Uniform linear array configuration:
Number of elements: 12
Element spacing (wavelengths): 0.25
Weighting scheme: blackman
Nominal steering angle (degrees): -45
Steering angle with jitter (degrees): -44.451
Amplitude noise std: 0.05
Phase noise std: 0.05

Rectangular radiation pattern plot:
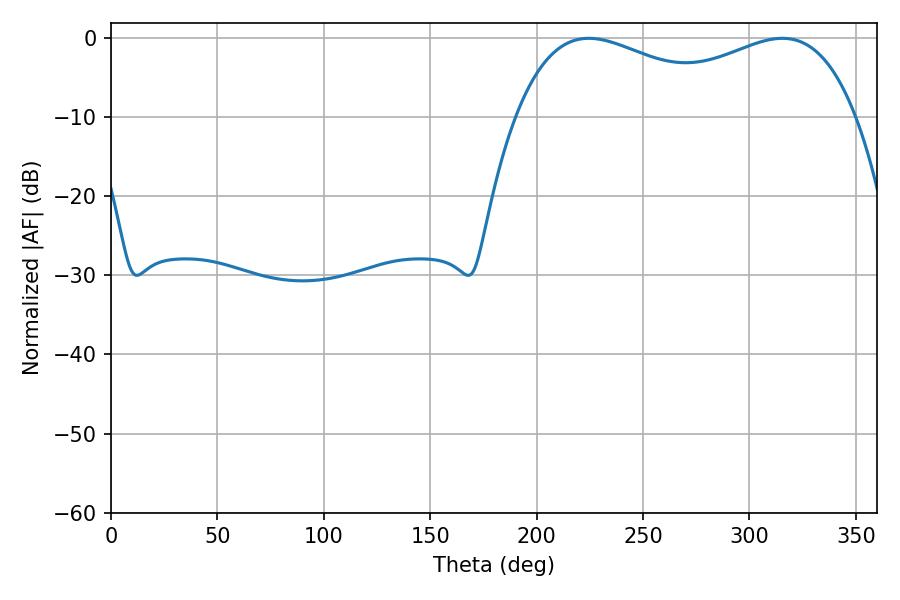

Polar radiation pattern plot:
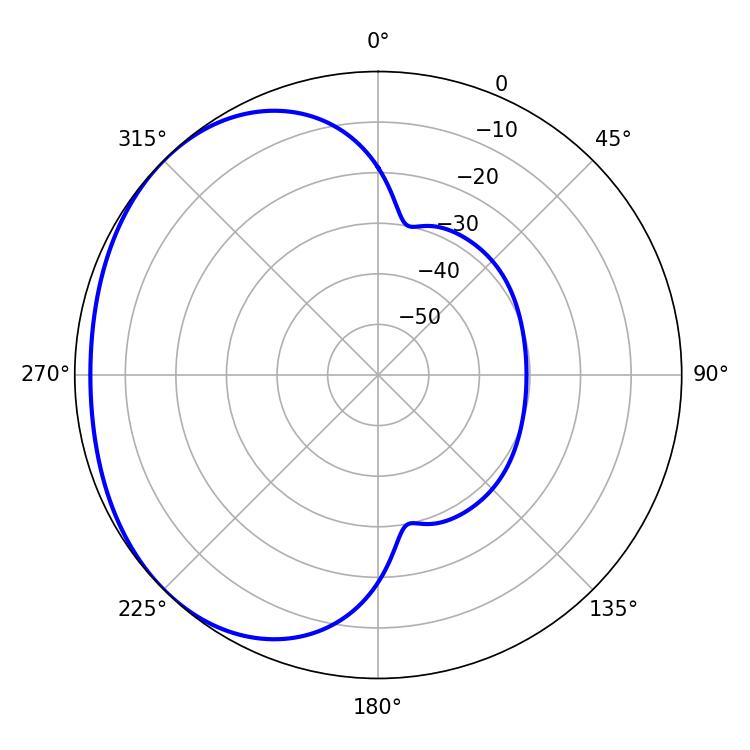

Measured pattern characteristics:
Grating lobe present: FALSE
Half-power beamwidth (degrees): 61.02
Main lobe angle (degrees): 224.46